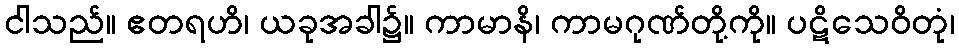
ငါသည်။ ဧတရဟိ၊ ယခုအခါ၌။ ကာမာနိ၊ ကာမဂုဏ်တို့ကို။ ပဋိသေဝိတုံ၊